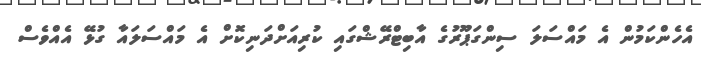
އެހެންކަމުން އެ މައްސަލަ ސިންގަޕޫރުގެ އާބިޓްރޭޝްގައި ކުރިއަށްދަނިކޮށް އެ މައްސަލައާ ގުޅޭ އެއްވެސް